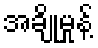
အချိုမှုန့်